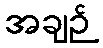
အချဉ်